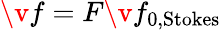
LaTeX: \v{f}=F\v{f}_{0,\mathrm{Stokes}}